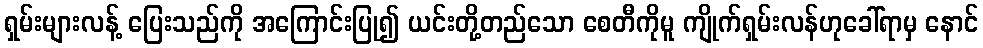
ရှမ်းများလန့် ပြေးသည်ကို အကြောင်းပြု၍ ယင်းတို့တည်သော စေတီကိုမူ ကျိုက်ရှမ်းလန်ဟုခေါ်ရာမှ နောင်